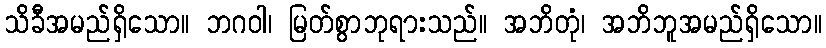
သိခီအမည်ရှိသော။ ဘဂဝါ၊ မြတ်စွာဘုရားသည်။ အဘိတုံ၊ အဘိဘူအမည်ရှိသော။